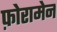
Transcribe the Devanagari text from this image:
फ़ोरामेन